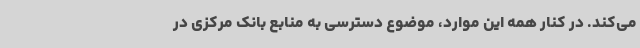
می‌کند. در کنار همه این موارد، موضوع دسترسی به منابع بانک مرکزی در